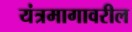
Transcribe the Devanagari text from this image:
यंत्रमागावरील